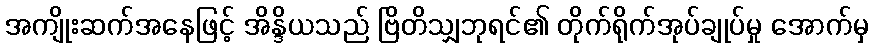
အကျိုးဆက်အနေဖြင့် အိန္ဒိယသည် ဗြိတိသျှဘုရင်၏ တိုက်ရိုက်အုပ်ချုပ်မှု အောက်မှ